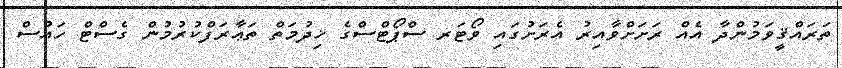
ތަރައްޤީވަމުންދާ އެއް ރަށަށްވާއިރު އެރަށުގައި ވޯޓަރ ސްޕޯޓްސްގެ ޚިދުމަތް ތަޢާރަފްކުރުމުން ގެސްޓް ހައުސް